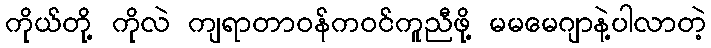
ကိုယ်တို့ ကိုလဲ ကျရာတာဝန်ကဝင်ကူညီဖို့ မမမေဂျာနဲ့ပါလာတဲ့